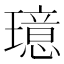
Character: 𪼦